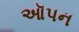
ઑપન